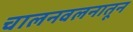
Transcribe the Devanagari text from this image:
चालनवलनातून